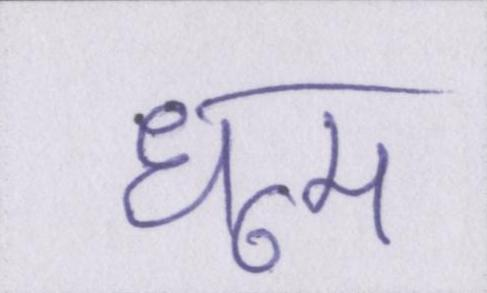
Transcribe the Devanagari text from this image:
धूम